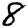
Digit: 8